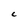
Character: c